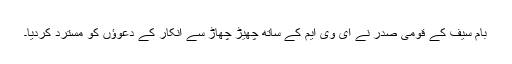
بام سیف کے قومی صدر نے ای وی ایم کے ساتھ چھیڑ چھاڑ سے انکار کے دعوؤں کو مسترد کردیا۔